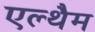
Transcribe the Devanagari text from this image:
एल्थैम